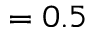
= 0 . 5